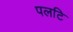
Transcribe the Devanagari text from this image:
पलटि